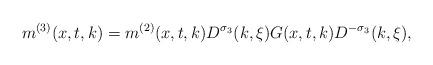
LaTeX: \begin{align*} m^{(3)}(x,t,k)=m^{(2)}(x,t,k)D^{\sigma_3}(k,\xi)G(x,t,k)D^{-\sigma_3}(k,\xi),\end{align*}